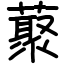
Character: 藂